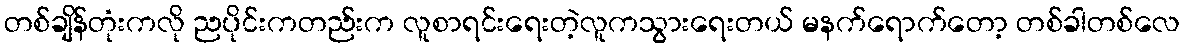
တစ်ချိန်တုံးကလို ညပိုင်းကတည်းက လူစာရင်းရေးတဲ့လူကသွားရေးတယ် မနက်ရောက်တော့ တစ်ခါတစ်လေ